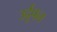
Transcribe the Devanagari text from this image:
उर्दूपन